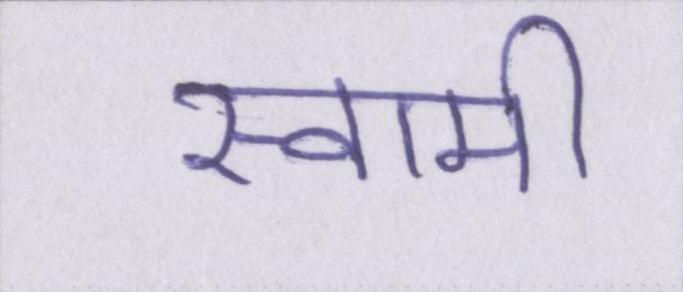
स्वामी